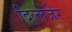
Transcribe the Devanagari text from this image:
दिल्लेंजेर